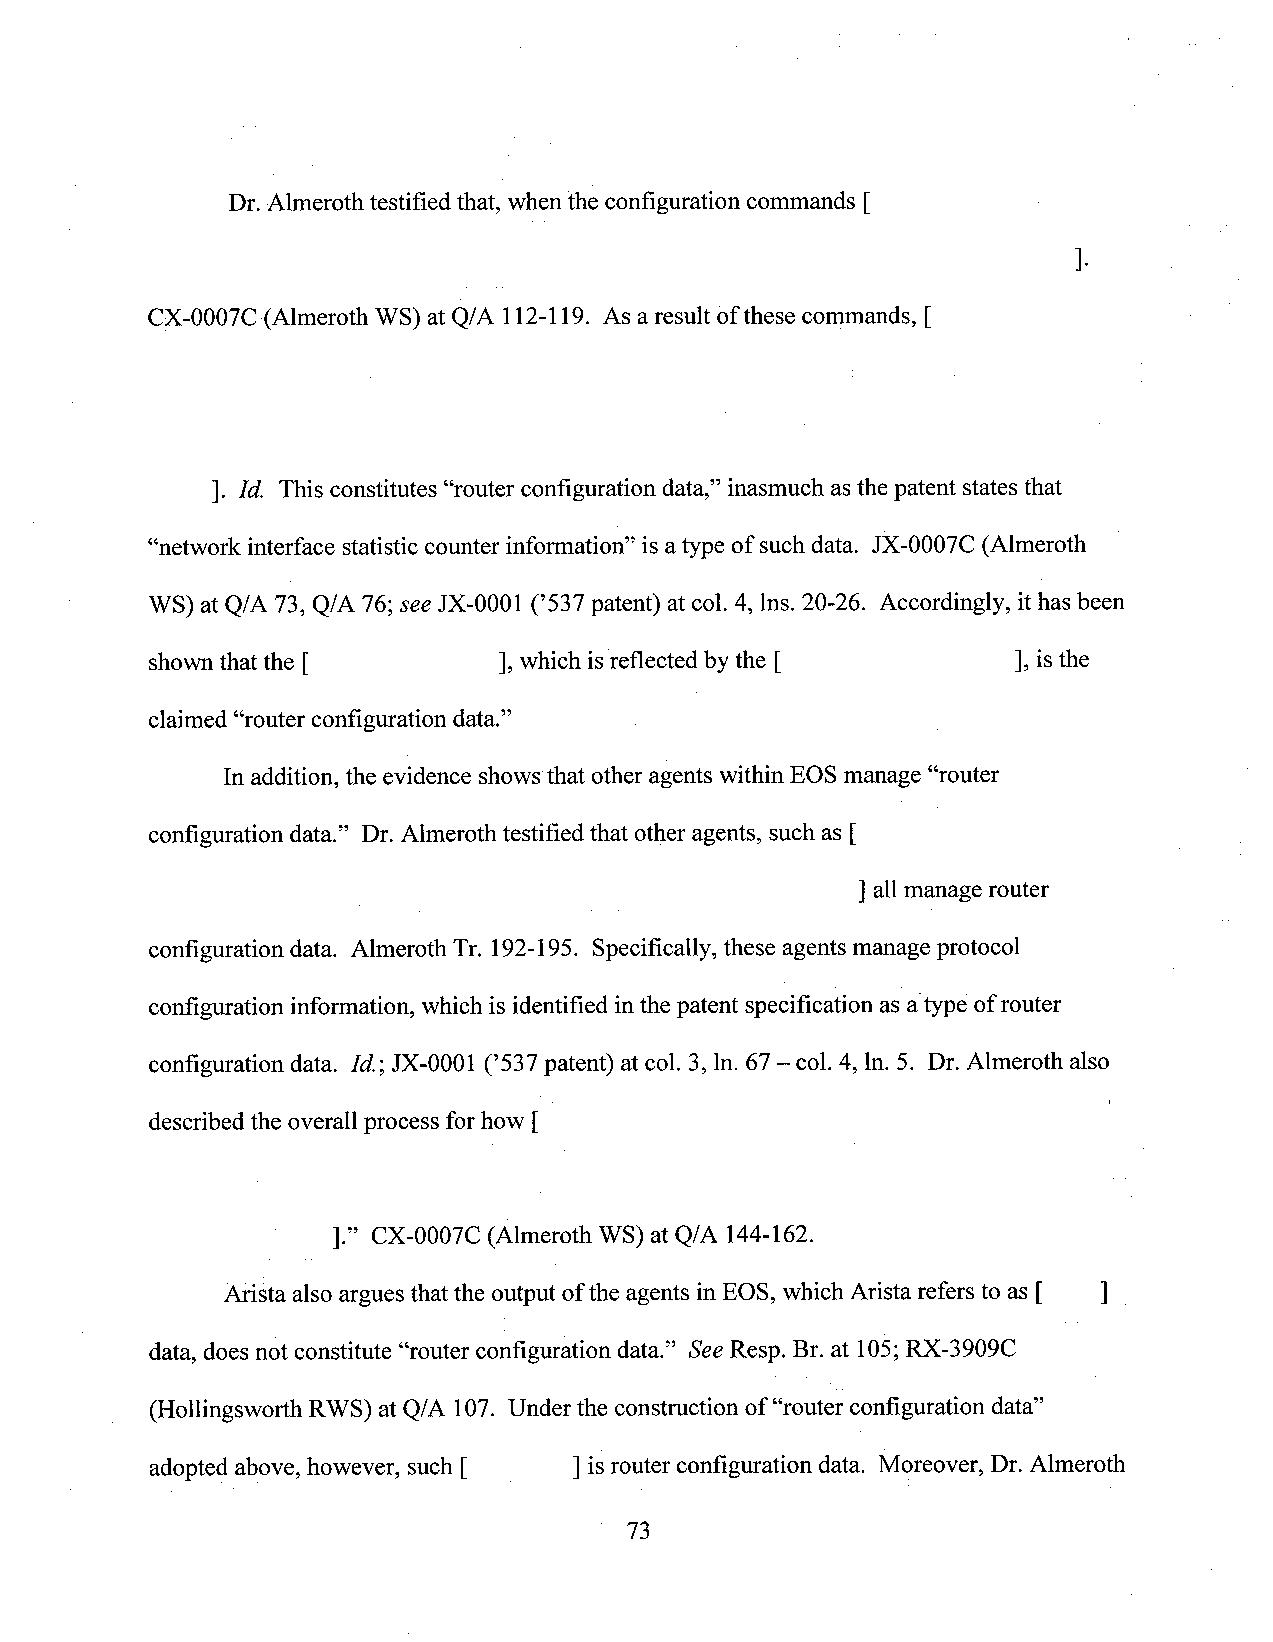
Dr.-Almerothtestified that, when the configuration commands [
 ].
 CX-OOO7C(Almeroth WS) at Q/A 112-119. As aresult of these commands, [
 ]. Id. This constitutes “router configuration data,” inasmuch asthe patent states that
 “network interface statistic counterinformation” is atype of such data. JX-0007C (Almeroth
 WS) at Q/A 73, Q/A 76; see JX-0001 (’537 patent) atcol. 4, lns. 20-26. Accordingly, it has been
 shown that the [       ], which isreflected by the [     ], isthe
 claimed “router configuration data.”                _
 In addition, the evidence shows that other agents within EOS manage “router
 configuration data.” Dr. Almeroth testified that other agents, such as [
 ] allmanage router
 configuration data. Almeroth Tr. 192-195. Specifically, these agents manage protocol
 configuration information,whichis identified inthepatent specification as atype ofrouter
 configuration data. 1d.;JX-0001 (’537 patent) at col. 3, ln. 67—col. 4, ln. 5. Dr. Almeroth also
 described the overall process for how [
 1." CX-0007C (Almeroth WS) at Q/A 144-162.
 Arista also argues thatthe output of the agents in EOS, which Arista refers to as [ ]
 data, does not constitute “router configuration data.” See Resp. Br. at 105;RX-3909C
 (Hollingsworth RWS) at Q/A 107. Under the construction of “router configuration data”
 adopted above, however, such [ ] isrouter configuration data. Moreover, Dr. Almeroth
 73